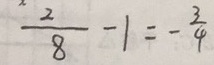
\frac { 2 } { 8 } - 1 = - \frac { 3 } { 4 }